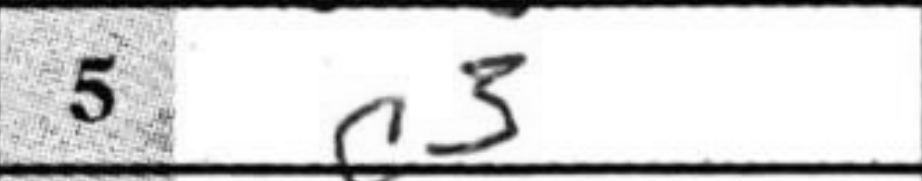
Transcription: c3